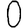
Digit: 0